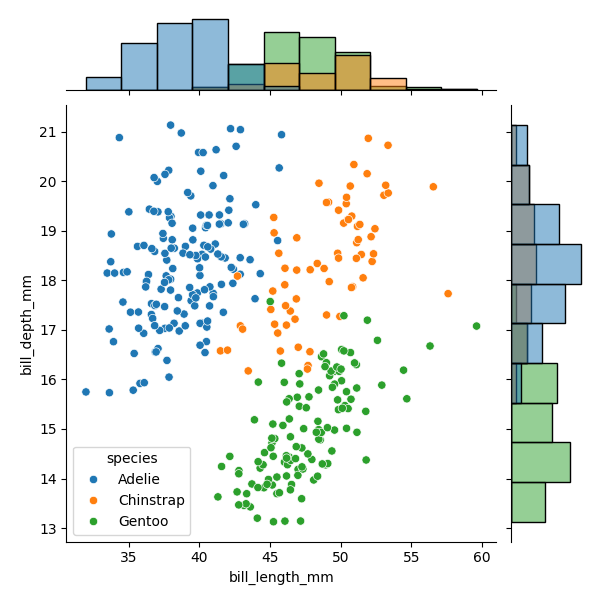
python, seaborn, JointGrid, scatterplot, histplot, hue